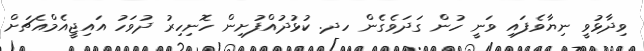
ވިދާޅުވީ ނިޔާވެފައި ވަނީ ހުން ގަދަވެގެން ހދ. ކުޅުދުއްފުށިން ހޮނިހިރު ދުވަހު އައިޖީއެމްއެޗަށް